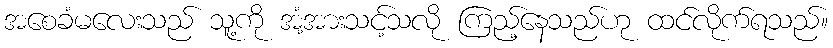
အစေခံမလေးသည် သူ့ကို အံ့အားသင့်သလို ကြည့်နေသည်ဟု ထင်လိုက်ရသည်။